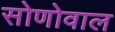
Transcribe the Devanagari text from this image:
सोणोवाल